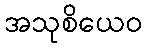
အသုစိယေဝ